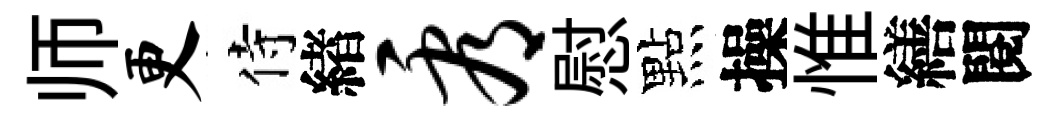
师更侍緖看慰點操惟繕閱